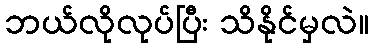
ဘယ်လိုလုပ်ပြီး သိနိုင်မှလဲ။